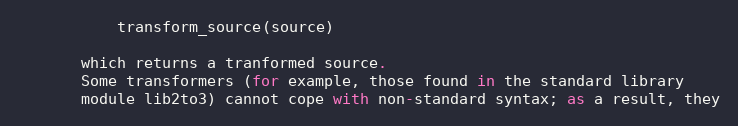
Language: Python
           transform_source(source)

       which returns a tranformed source.
       Some transformers (for example, those found in the standard library
       module lib2to3) cannot cope with non-standard syntax; as a result, they